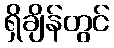
ရှိချိန်တွင်